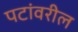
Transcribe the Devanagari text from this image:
पटांवरील